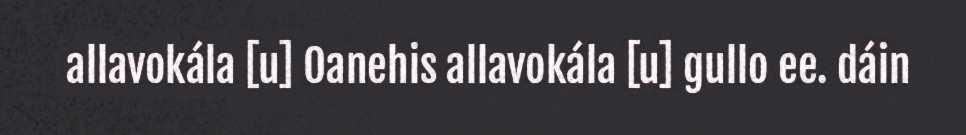
allavokála [u] Oanehis allavokála [u] gullo ee. dáin